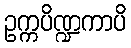
ဥက္ကပိဏ္ဍကာပိ